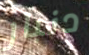
دنبار